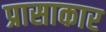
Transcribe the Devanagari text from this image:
प्रासाकार